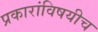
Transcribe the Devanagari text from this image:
प्रकारांविषयीच